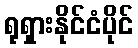
ရုရှားနိုင်ငံပိုင်